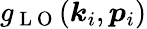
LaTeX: g_{\mathrm{~L~O~}}(\boldsymbol{k}_{i},\boldsymbol{p}_{i})